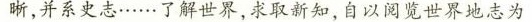
晰，并系史志……了解世界，求取新知，自以阅览世界地志为